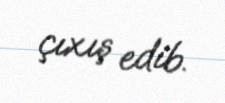
çıxış edib.